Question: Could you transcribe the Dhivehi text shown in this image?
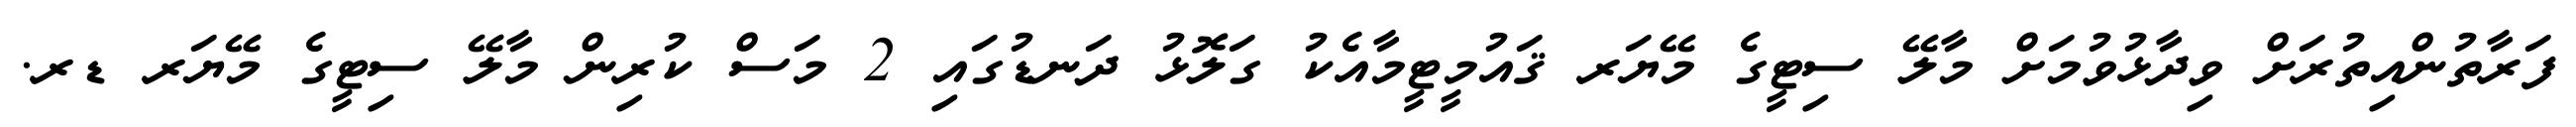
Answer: ފަރާތުންއިތުރަށް ވިދާޅުވުމަށް މާލޭ ސިޓީގެ މޭޔަރ ޤައުމީޓީމާއެކު ގަލޮޅު ދަނޑުގައި 2 މަސް ކުރިން މާލޭ ސިޓީގެ މޭޔަރ ޑރ.